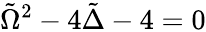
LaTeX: \tilde{\Omega}^{2}-4\tilde{\Delta}-4=0